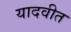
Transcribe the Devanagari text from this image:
यादवीत